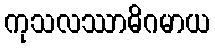
ကုသလဿာဓိဂမာယ